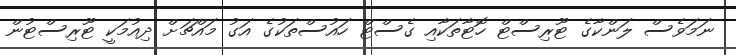
ނަމަވެސް ލަންކާގެ ޓޫރިސްޓް ހޮޓާތަކާއި ގެސްޓް ހައުސްތަކުގެ އަގު މައްޗަށް ދިއުމަކީ ޓޫރިސްޓުން